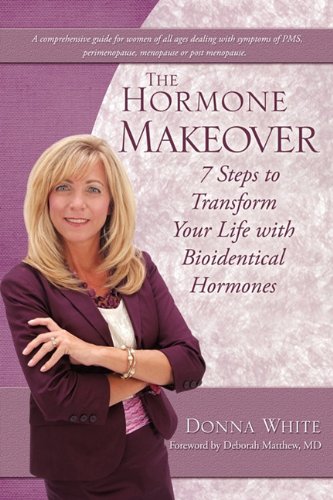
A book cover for The Hormone Makeover; Donna White; Medical Books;